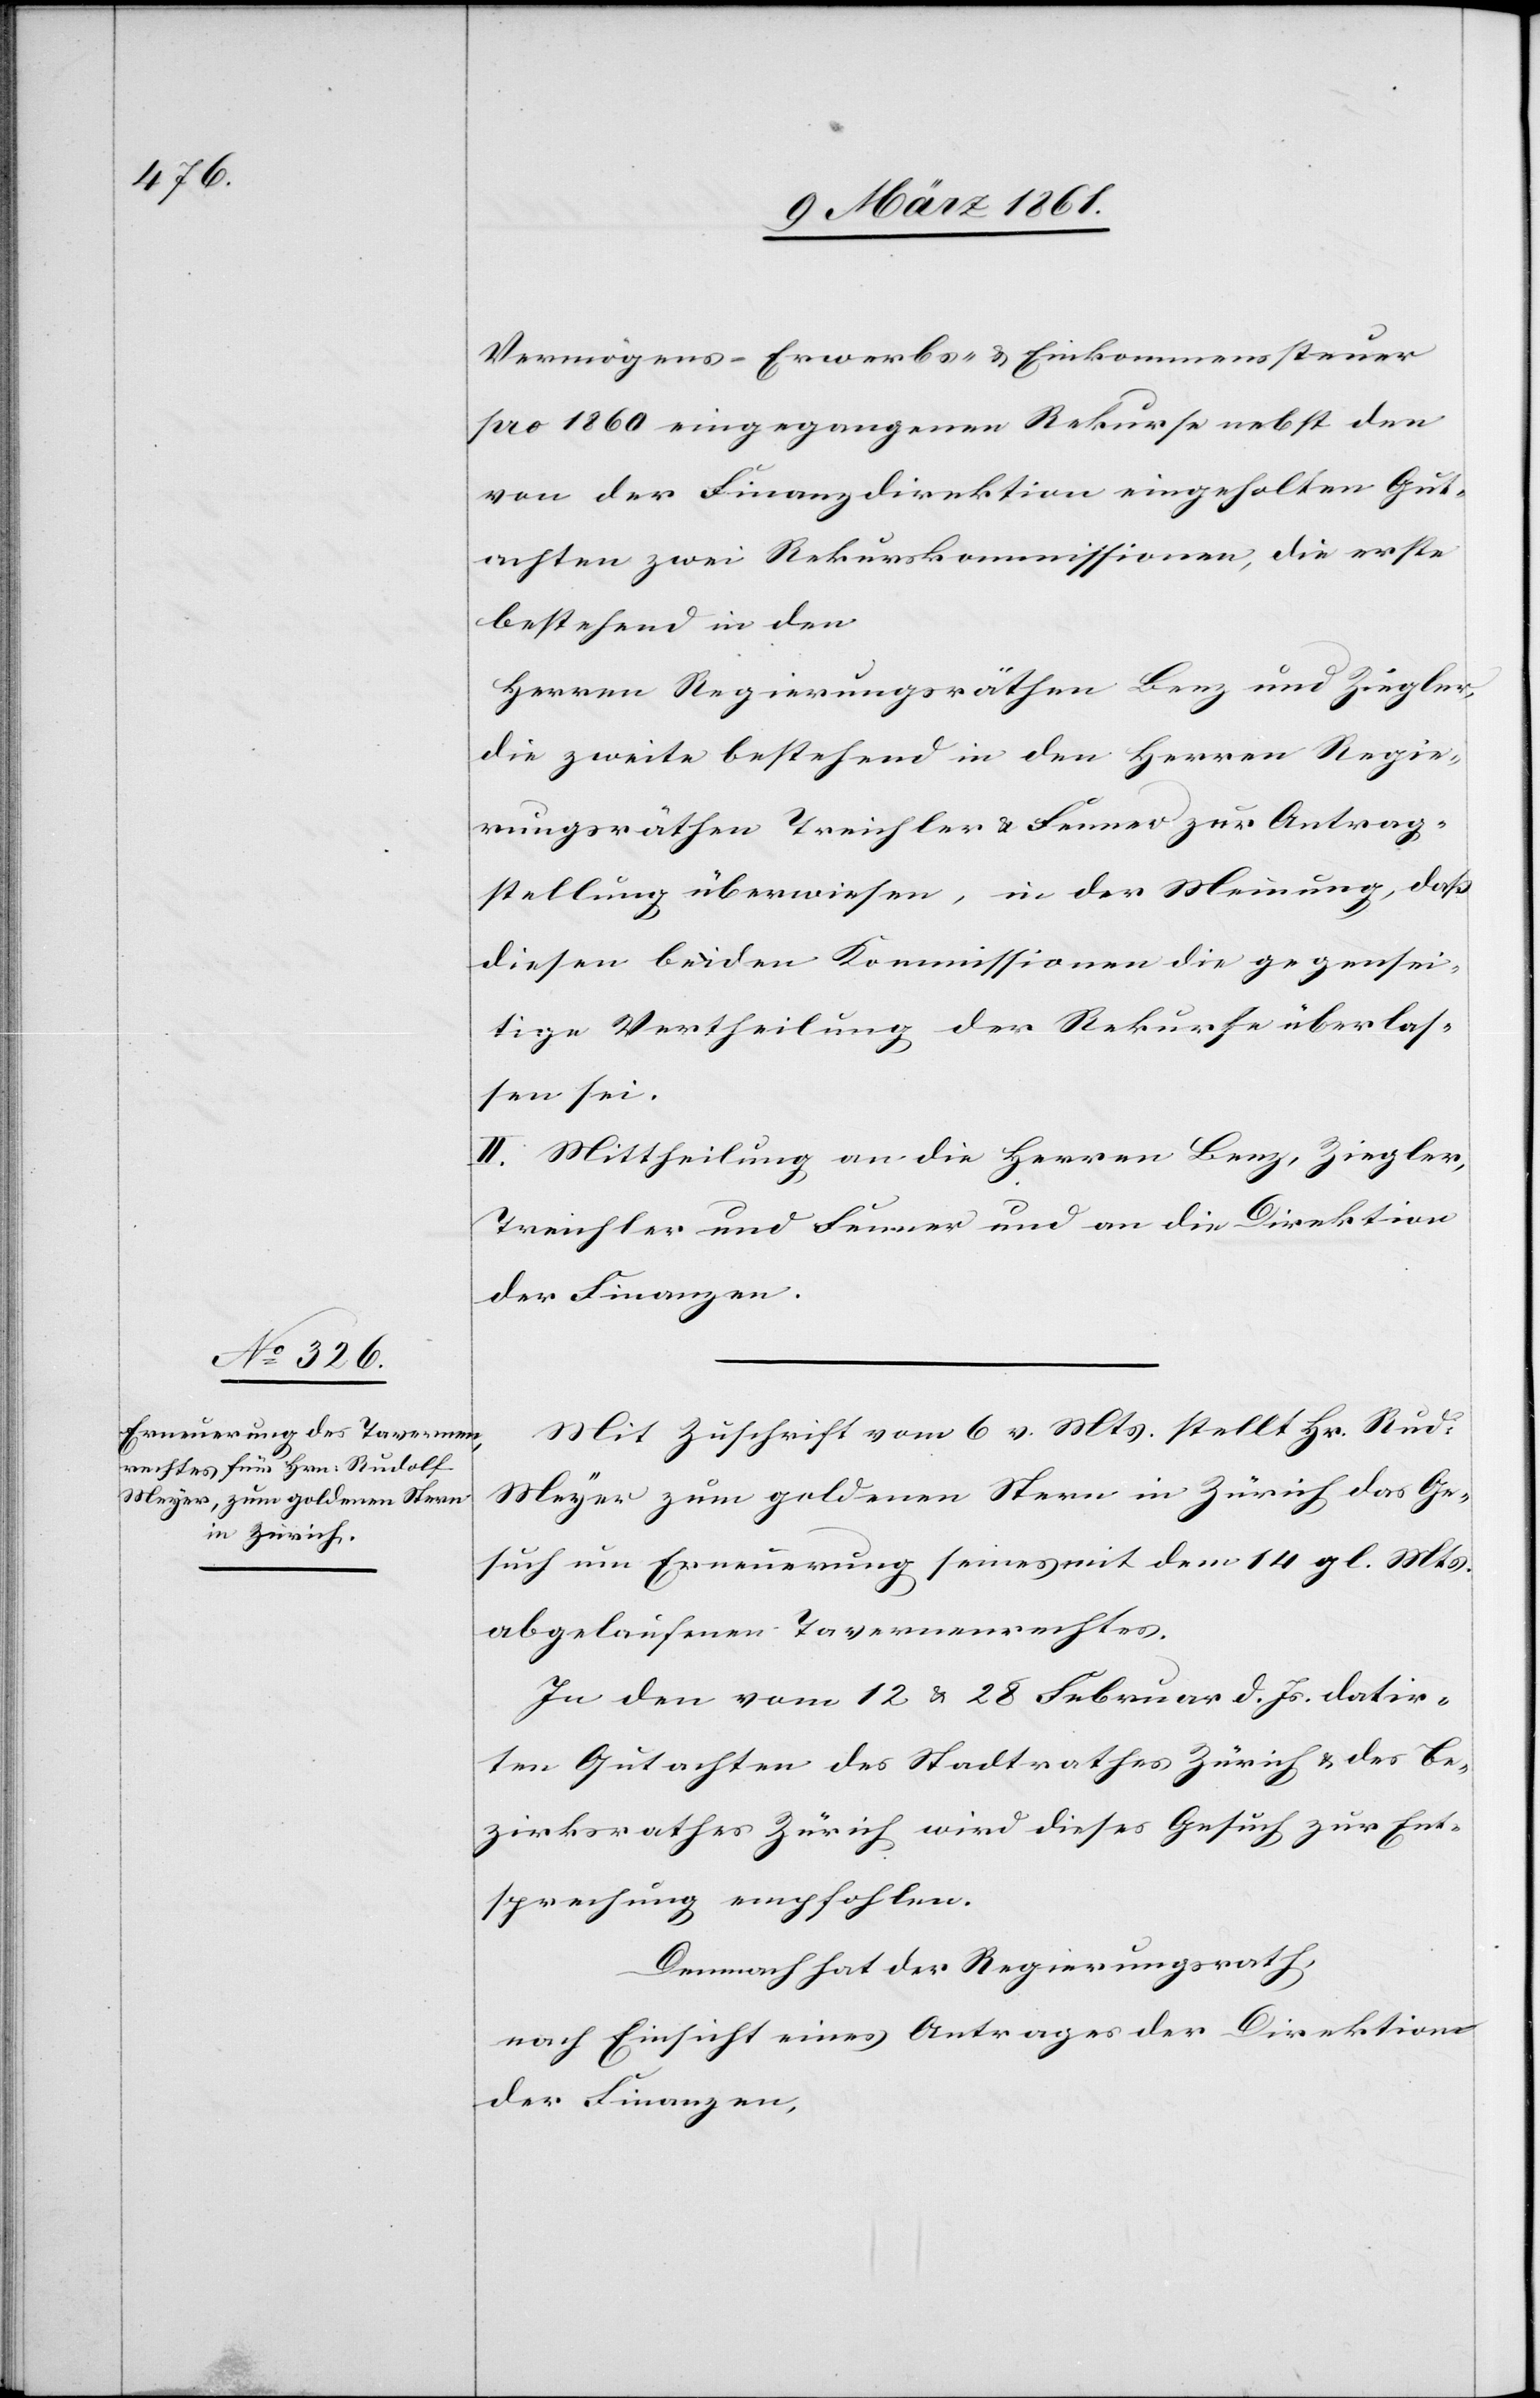
Vermögens- Erwerbs- u. Einkommenssteuer
pro 1860 eingegangenen Rekurse nebst den
von der Finanzdirektion eingeholten Gut¬
achten zwei Rekurskommissionen, die erste
bestehend in den
Herren Regierungsräthen Benz und Ziegler,
die zweite bestehend in den Herren Regie¬
rungsräthen Treichler u. Fenner zur Antrag¬
stellung überwiesen, in der Meinung, dass
diesen beiden Kommissionen die gegensei¬
tige Vertheilung der Rekurse überlas¬
sen sei.
II. Mittheilung an die Herren Benz, Ziegler,
Treichler und Fenner und an die Direktion
der Finanzen.
Mit Zuschrift vom 6. v. Mts. stellt Hr. Rud.
Meyer zum goldenen Stern in Zürich das Ge¬
such um Erneuerung seines mit dem 14. gl. Mts.
abgelaufenen Tavernenrechtes.
In den vom 12 u. 28 Februar d. Js. datir¬
ten Gutachten des Stadtrathes Zürich u. des Be¬
zirksrathes Zürich wird dieses Gesuch zur Ent¬
sprechung empfohlen.
Demnach hat der Regierungsrath,
nach Einsicht eines Antrages der Direktion
der Finanzen,